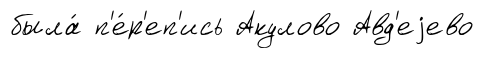
была́ п'е́р'еп'ись Акулово Авд'еjево